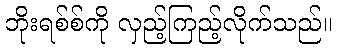
ဘိုးရစ်စ်ကို လှည့်ကြည့်လိုက်သည်။